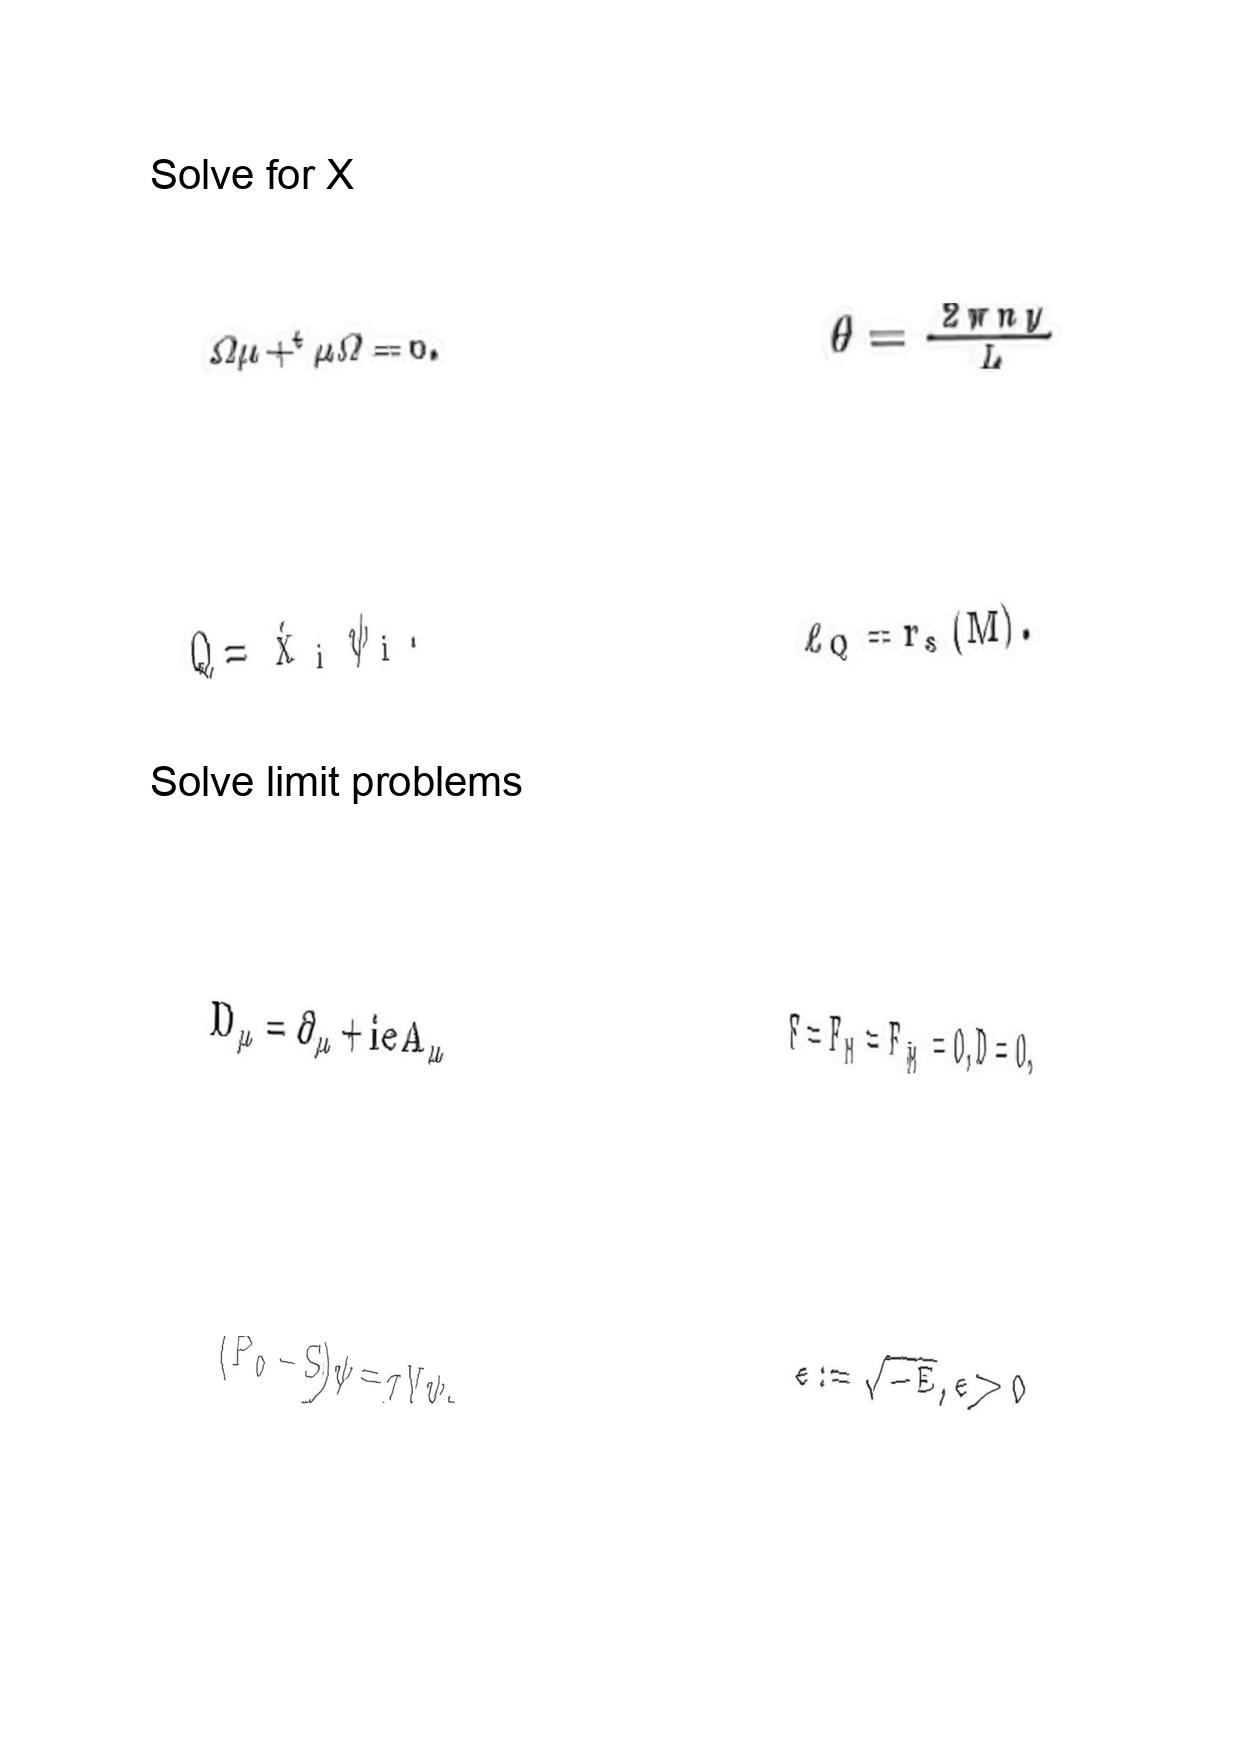
LaTeX transcription:
\Omega \mu + ^ { t } \mu \Omega = 0 .
Q = \dot { x } _ { i } \psi _ { i } .
D _ { \mu } = \partial _ { \mu } + i e A _ { \mu }
\lparen P _ { 0 } - S \rparen \psi = \tau V \psi .
\theta = \frac { 2 \pi n y } { L }
\ell _ { Q } = r _ { s } \lparen M \rparen .
F = F _ { M } = F _ { \tilde { M } } = 0 , D = 0 ,
\epsilon : = \sqrt { - E } , \epsilon \gt 0